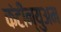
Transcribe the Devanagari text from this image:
कंटीन्युअम